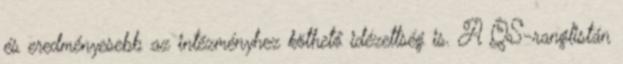
és eredményesebb az intézményhez köthető idézettség is. A QS-ranglistán